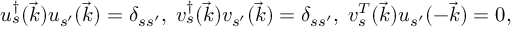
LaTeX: u _ { s } ^ { \dag } ( \vec { k } ) u _ { s ^ { \prime } } ( \vec { k } ) = \delta _ { s s ^ { \prime } } , \; v _ { s } ^ { \dag } ( \vec { k } ) v _ { s ^ { \prime } } ( \vec { k } ) = \delta _ { s s ^ { \prime } } , \; v _ { s } ^ { T } ( \vec { k } ) u _ { s ^ { \prime } } ( - \vec { k } ) = 0 ,